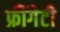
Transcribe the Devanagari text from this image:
फ्रींगेटी